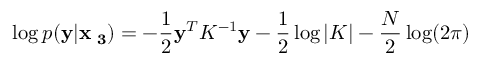
\log p ( { \bf y } | { \bf x \theta _ { 3 } } ) = - \frac { 1 } { 2 } { \bf y } ^ { T } K ^ { - 1 } { \bf y } - \frac { 1 } { 2 } \log | K | - \frac { N } { 2 } \log ( 2 \pi )